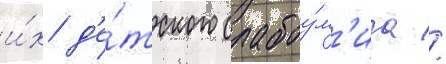
и́х д'е́тского слабоу́м'иа //